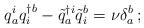
LaTeX: \begin{align*}q_a^i q_{i}^{\dagger b} - {\tilde q}_a^{\dagger i} {\tilde q}_i^b =\nu \delta_a^b \, ;\end{align*}